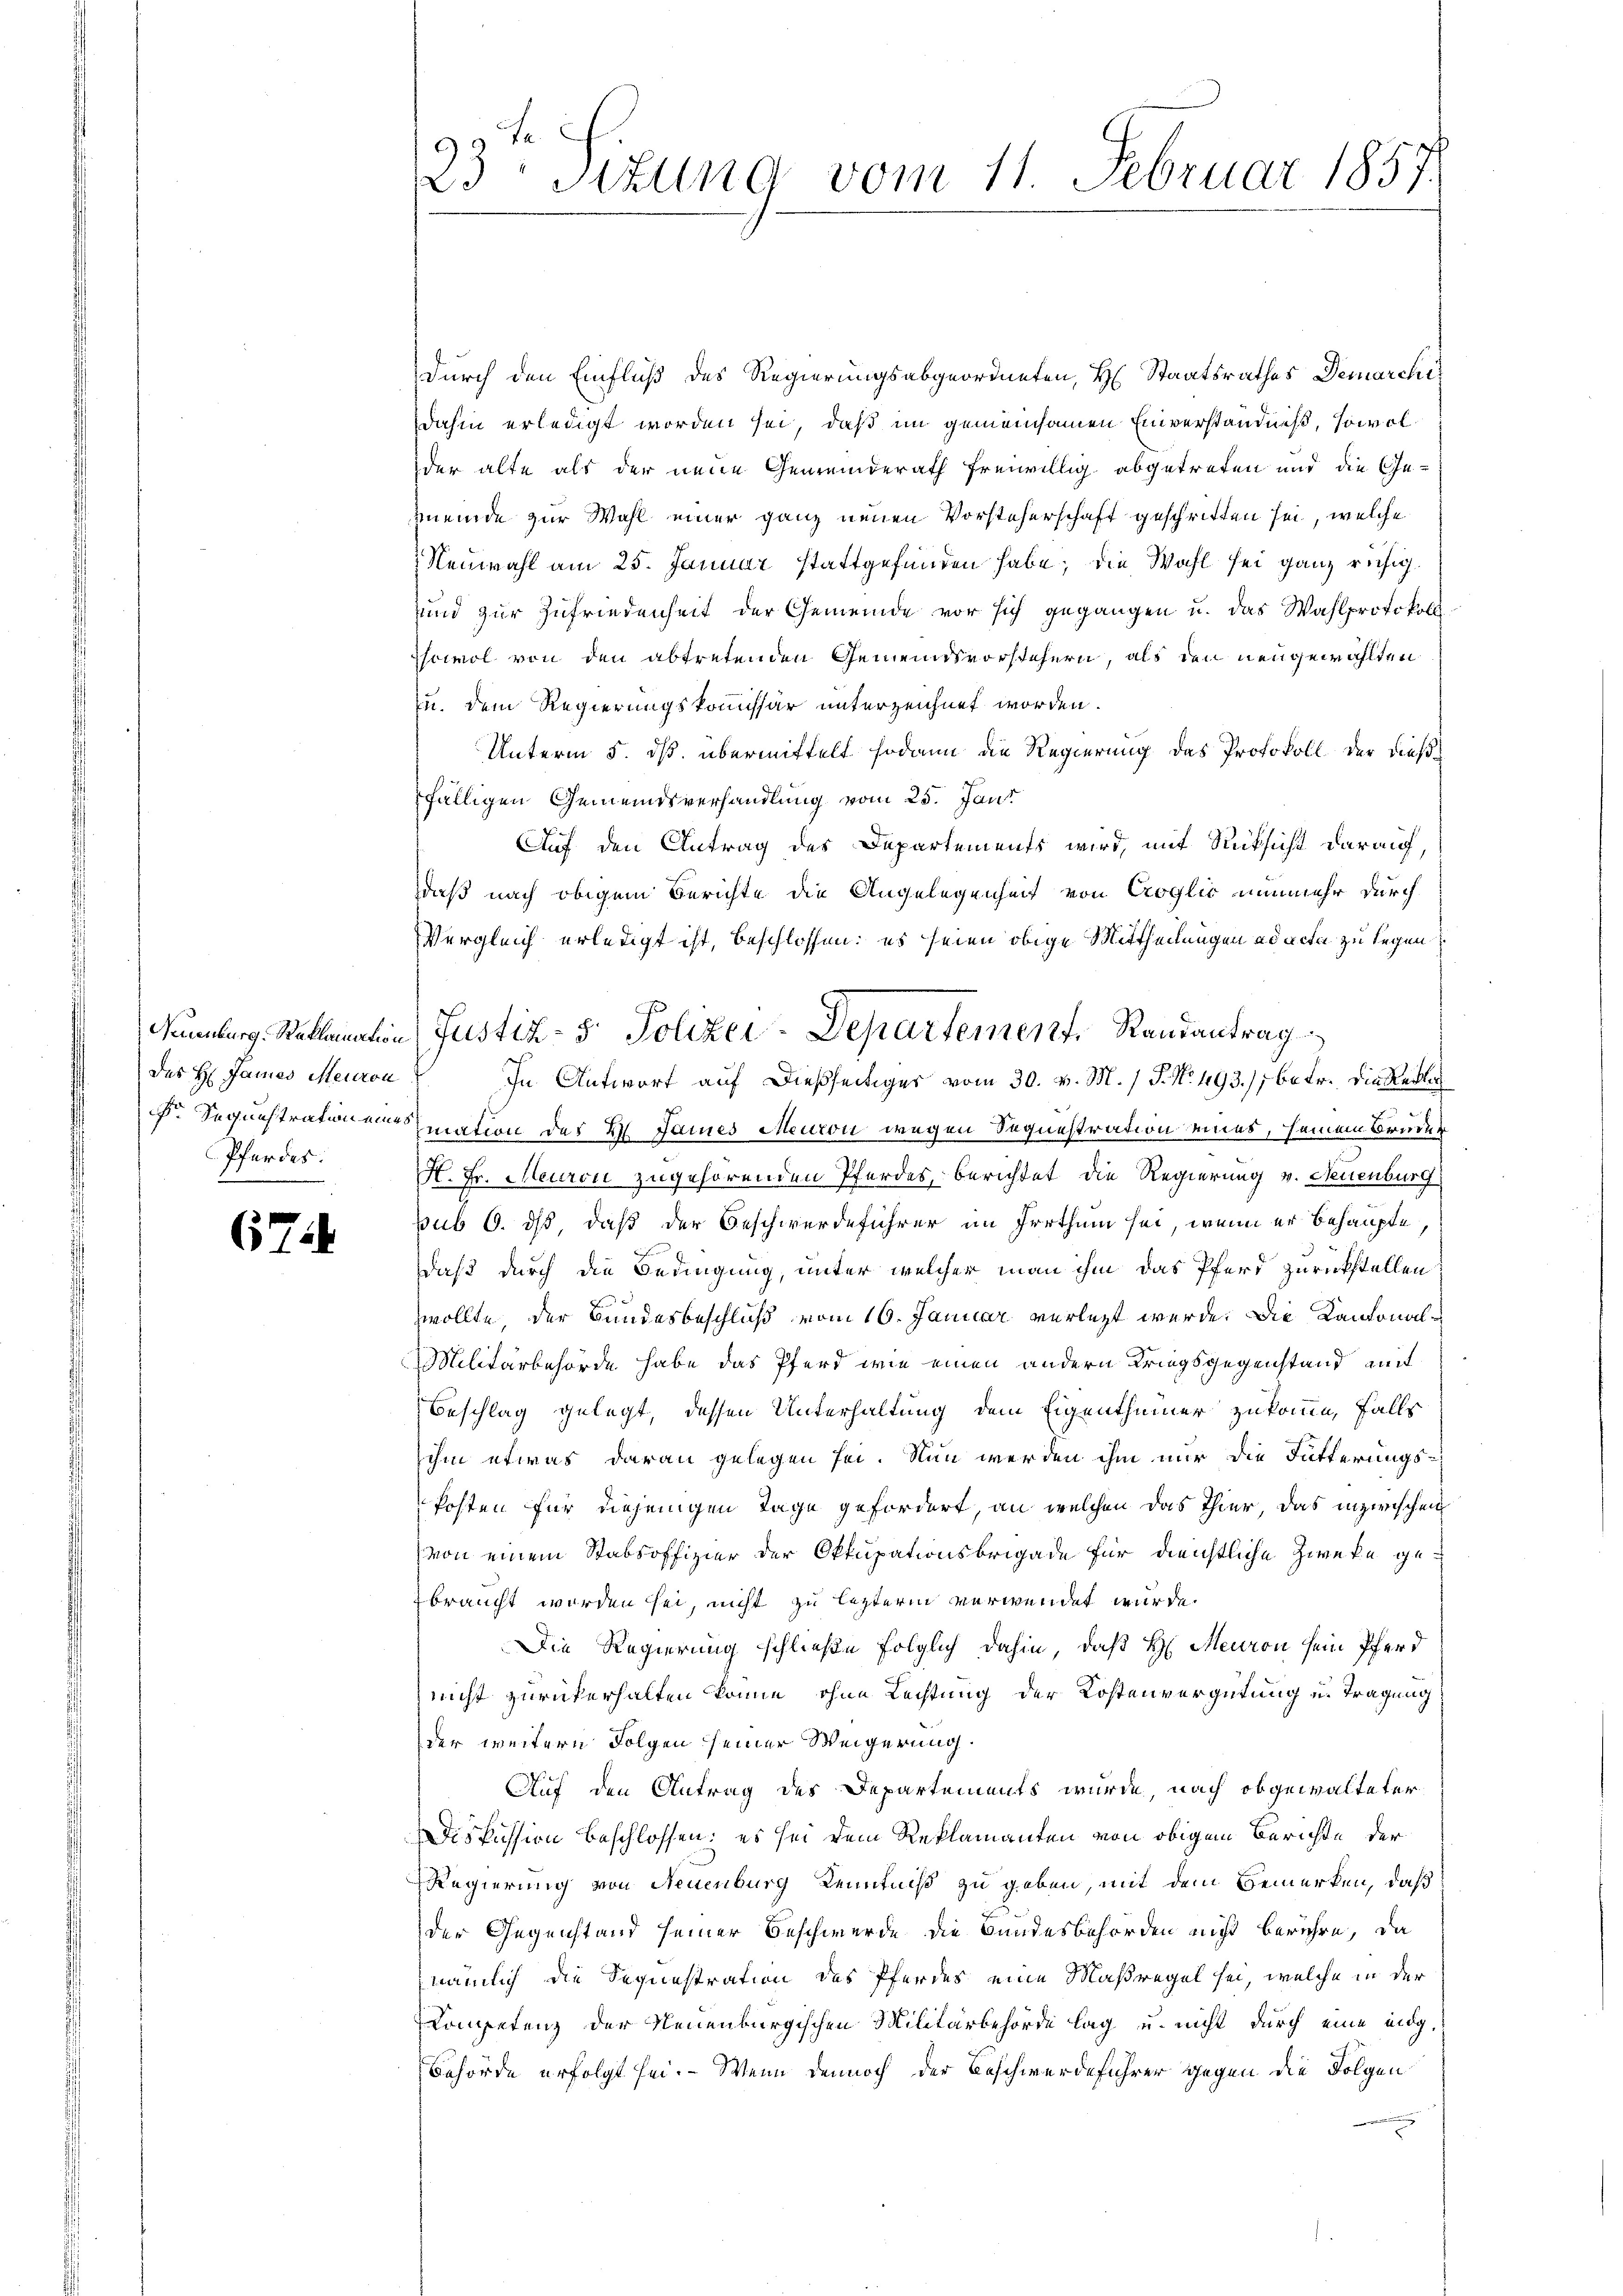
des H: James Meuron
Pferdes:

67

durch den Einfluß des Regierungsabgeordneten, H. Staatsrathes Demarchi
dahin erledigt worden sei, daß im gemeinsamen Einverständniß, sowolder alte als der neue Gemeinderath freiwillig abgetreten und die Ge-
meinde zur Wahl einer ganz neuen Vorsteherschaft geschritten sei, welche
Neuwahl am 25. Januar stattgefunden habe; die Wahl sei ganz ruhigsund zur Zufriedenheit der Gemeinde vor sich gegangen u. das Wahlprotokoll
Iscimol von den abtretenden Gemeindsvorstehern, als den neugewählten
u. dem Regierungskommissär unterzeichnet worden.
Unterm 5. dß. übermittelt sodann die Regierung des Protokoll der dießfälligen Gemeindsverhandlung vom 25. Jani
Auf den Antrag des Departements wird, mit Rücksicht darauf,
daß nach obigem Berichte die Angelegenheit von Croglio nunmehr durch
Vergleich erledigt ist, beschlossen: es seien obige Mittheilungen ad acta zu legen
In Antwort auf dießseitiges vom 30. v. M. / P. Nr. 493.); betr. die Reden
 Sequistrationen mation des 2 Janes Meuron wegen Sequestration eines, seinem Bruder
H. Fr. Meuron zugehörenden Pferdes, berichtet die Regierung v. Neuenburg
sub 6. ds, daß der Beschwerdeführer im Irrthum sei, wenn er behaupte,
daß durch die Bedingung, unter welcher man ihm das Pferd zurückstellen:
zwollte, der Bundesbeschluß vom 16. Januar verlegt werde. Die Kantonal¬
Militärbehörde habe das Pferd wie einen andern Kriegsgegenstand mit
Beschlag gelegt, dessen Unterhaltung dem Eigenthümer zukomme, falls
ihm etwas daran gelegen sei. Nun werden ihm nur die Fütterungskosten für diejenigen Tage gefordert, an welchen das Thier, das inzwischen
von einem Stabsoffizier der Okkupationsbrigade für dienstliche Zwecke gebraucht worden sei, nicht zu letzterm verwendet wurde.
Die Regierung schließe folglich dahin, daß H. Meuron sein Pferd
nicht zurückerhalten könne, ohne Lechtung der Kostenvergütung u. Tragung
der weitern Folgen seiner Weigerung.
Auf den Antrag des Departements wurde, nach obgewalteter
Diskussion beschlossen; es sei dem Reklamanten von obigem Berichte der
Regierung von Neuenburg Kenntniß zu geben, mit dem Bemerken, daß
der Gegenstand seiner Beschwerde die Bundesbehörden nicht berühre, da
nämlich die Sequestration des Pferdes eine Maßregel sei, welche in der
Competenz der Neuenburgischen Militärbehörde lag u. nicht durch eine endg¬
Behörde erfolgt sei. Wenn dennoch der Beschwerdeführer gegen die Folgen

23 Sttung vom 11. Februar 1857.

Naumburg. Reklamation (Justiz- & Polizei-Departement. Randantrag